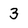
Character: 3